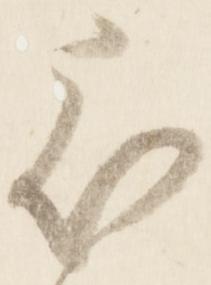
被